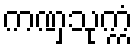
ကဏှသုက္ကံ